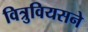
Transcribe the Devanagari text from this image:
वित्रुवियसने